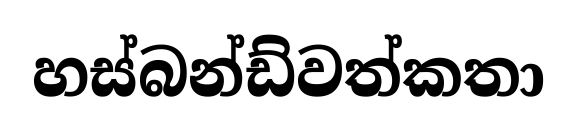
හස්බන්ඩ්වත්කතා